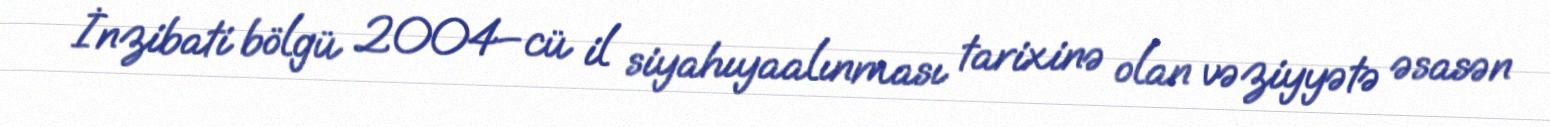
İnzibati bölgü 2004–cü il siyahıyaalınması tarixinə olan vəziyyətə əsasən